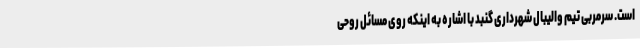
است. سرمربی تیم والیبال شهرداری گنبد با اشاره به اینکه روی مسائل روحی